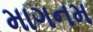
માગનમ